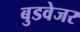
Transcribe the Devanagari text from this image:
बुडवेजर